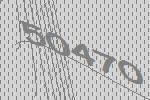
50470